Subject: physics
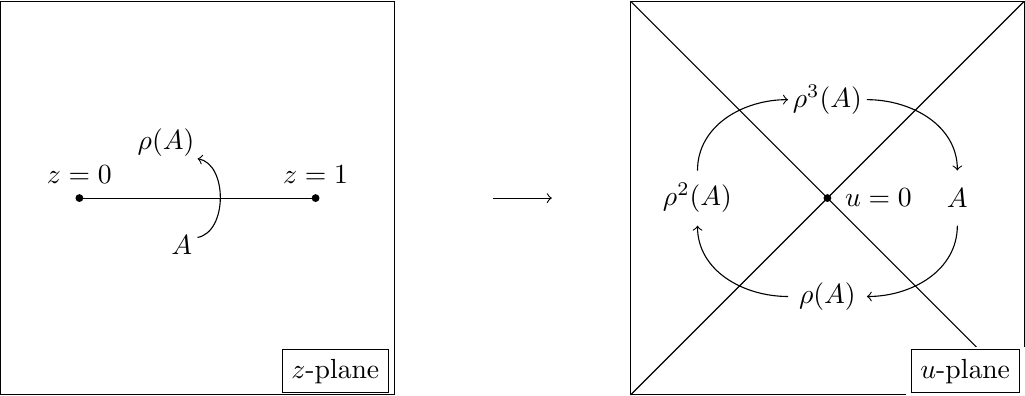
LaTeX code:
    \begin{tikzpicture}[dot/.style={circle,inner sep=1pt,fill,label={#1},name=#1},
        extended line/.style={shorten >=-#1,shorten <=-#1},
        extended line/.default=1cm]
        \draw (0,0) rectangle (5,5);
        \draw (1, 2.5) -- (4, 2.5);
        \node [dot={$z=0$}] at (1,2.5){};
        \node [dot={$z=1$}] at (4,2.5){};
        \node [draw] at (4.25,.3) {{$z$-plane}};
        \draw [->] (2.5,2) to [out=10,in=-10] (2.5,3);
        \node [] at (2.3,1.9) {{$A$}};
        \node [] at (2.1,3.2) {{$\rho(A)$}};
        \draw[->] (6.25,2.5) -- (7,2.5);
        \draw (8,0) rectangle (13,5);
        \draw (8,0) -- (13,5);
        \draw (8,5) -- (13,0);
        \node [anchor=west] at (10.6,2.5) {{$u=0$}};
        \node [dot={}] at (10.5,2.5) {};
        \filldraw[color=white] (11.5,0) rectangle (13,.6);
        \node [draw] at (12.25,.3) {{$u$-plane}};
        \draw [->] (12.15, 2.15) to [out=-90,in=0] (11, 1.25);
        \draw [->] (10, 1.25) to [out=180,in=-90] (8.85, 2.15);
        \draw [->] (8.85, 2.85) to [out=90,in=180] (10, 3.75);
        \draw [->] (11, 3.75) to [out=0,in=90] (12.15, 2.85);
        \node [] at (12. 15,2.5) {{$A$}} ;
        \node [] at (10.5, 1.25) {{$\rho(A)$}};
        \node [] at (8.85, 2.5) {{$\rho^2(A)$}};
        \node [] at (10.5, 3.75) {{$\rho^3(A)$}};
    \end{tikzpicture}